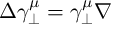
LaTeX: \Delta \gamma _ { \perp } ^ { \mu } = \gamma _ { \perp } ^ { \mu } \nabla